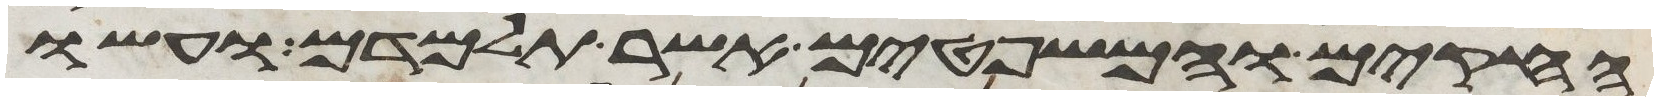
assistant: החקים והמשפטים אשר תלמדם ועשו